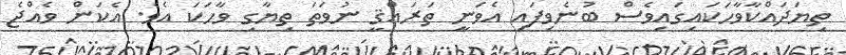
ތިޔަދައްކާވާހަކައިގައިވެސް ބުނެވިފައި އެވަނީ ތަރައްޤީ ނުވަތަ ތިޔާގި ވާހަކަ އެވެ. އެކަން ވެއްޖެ